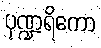
ပုဏ္ဍရိကော